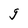
Character: g